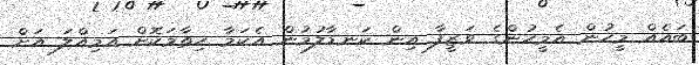
ބައެއް މީހުން އެމީހުންގެ ވަޒީފާ އިން ކަނޑާލުމުން އެކަމާ ހިތާމަކޮށް އަމިއްލަ އަށް